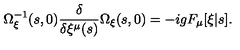
\Omega _ { \xi } ^ { - 1 } ( s , 0 ) { \frac { \delta } { \delta \xi ^ { \mu } ( s ) } } \Omega _ { \xi } ( s , 0 ) = - i g F _ { \mu } [ \xi | s ] .